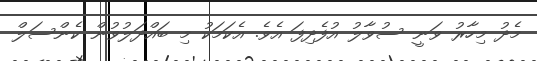
މެދު މިހާރު ވަނީ ސުވާލު އުފެދިފަ އެވެ. އެކަމަކު މި ބައްދަލުވުން ކެންސަލް